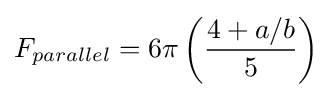
F_{parallel}=6\pi \left({\frac {4+a/b}{5}}\right)